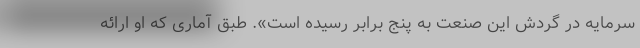
سرمایه در گردش این صنعت به پنج برابر رسیده است». طبق آماری که او ارائه